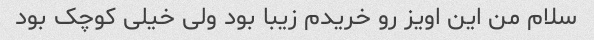
سلام من این اویز رو خریدم زیبا بود ولی خیلی کوچک بود